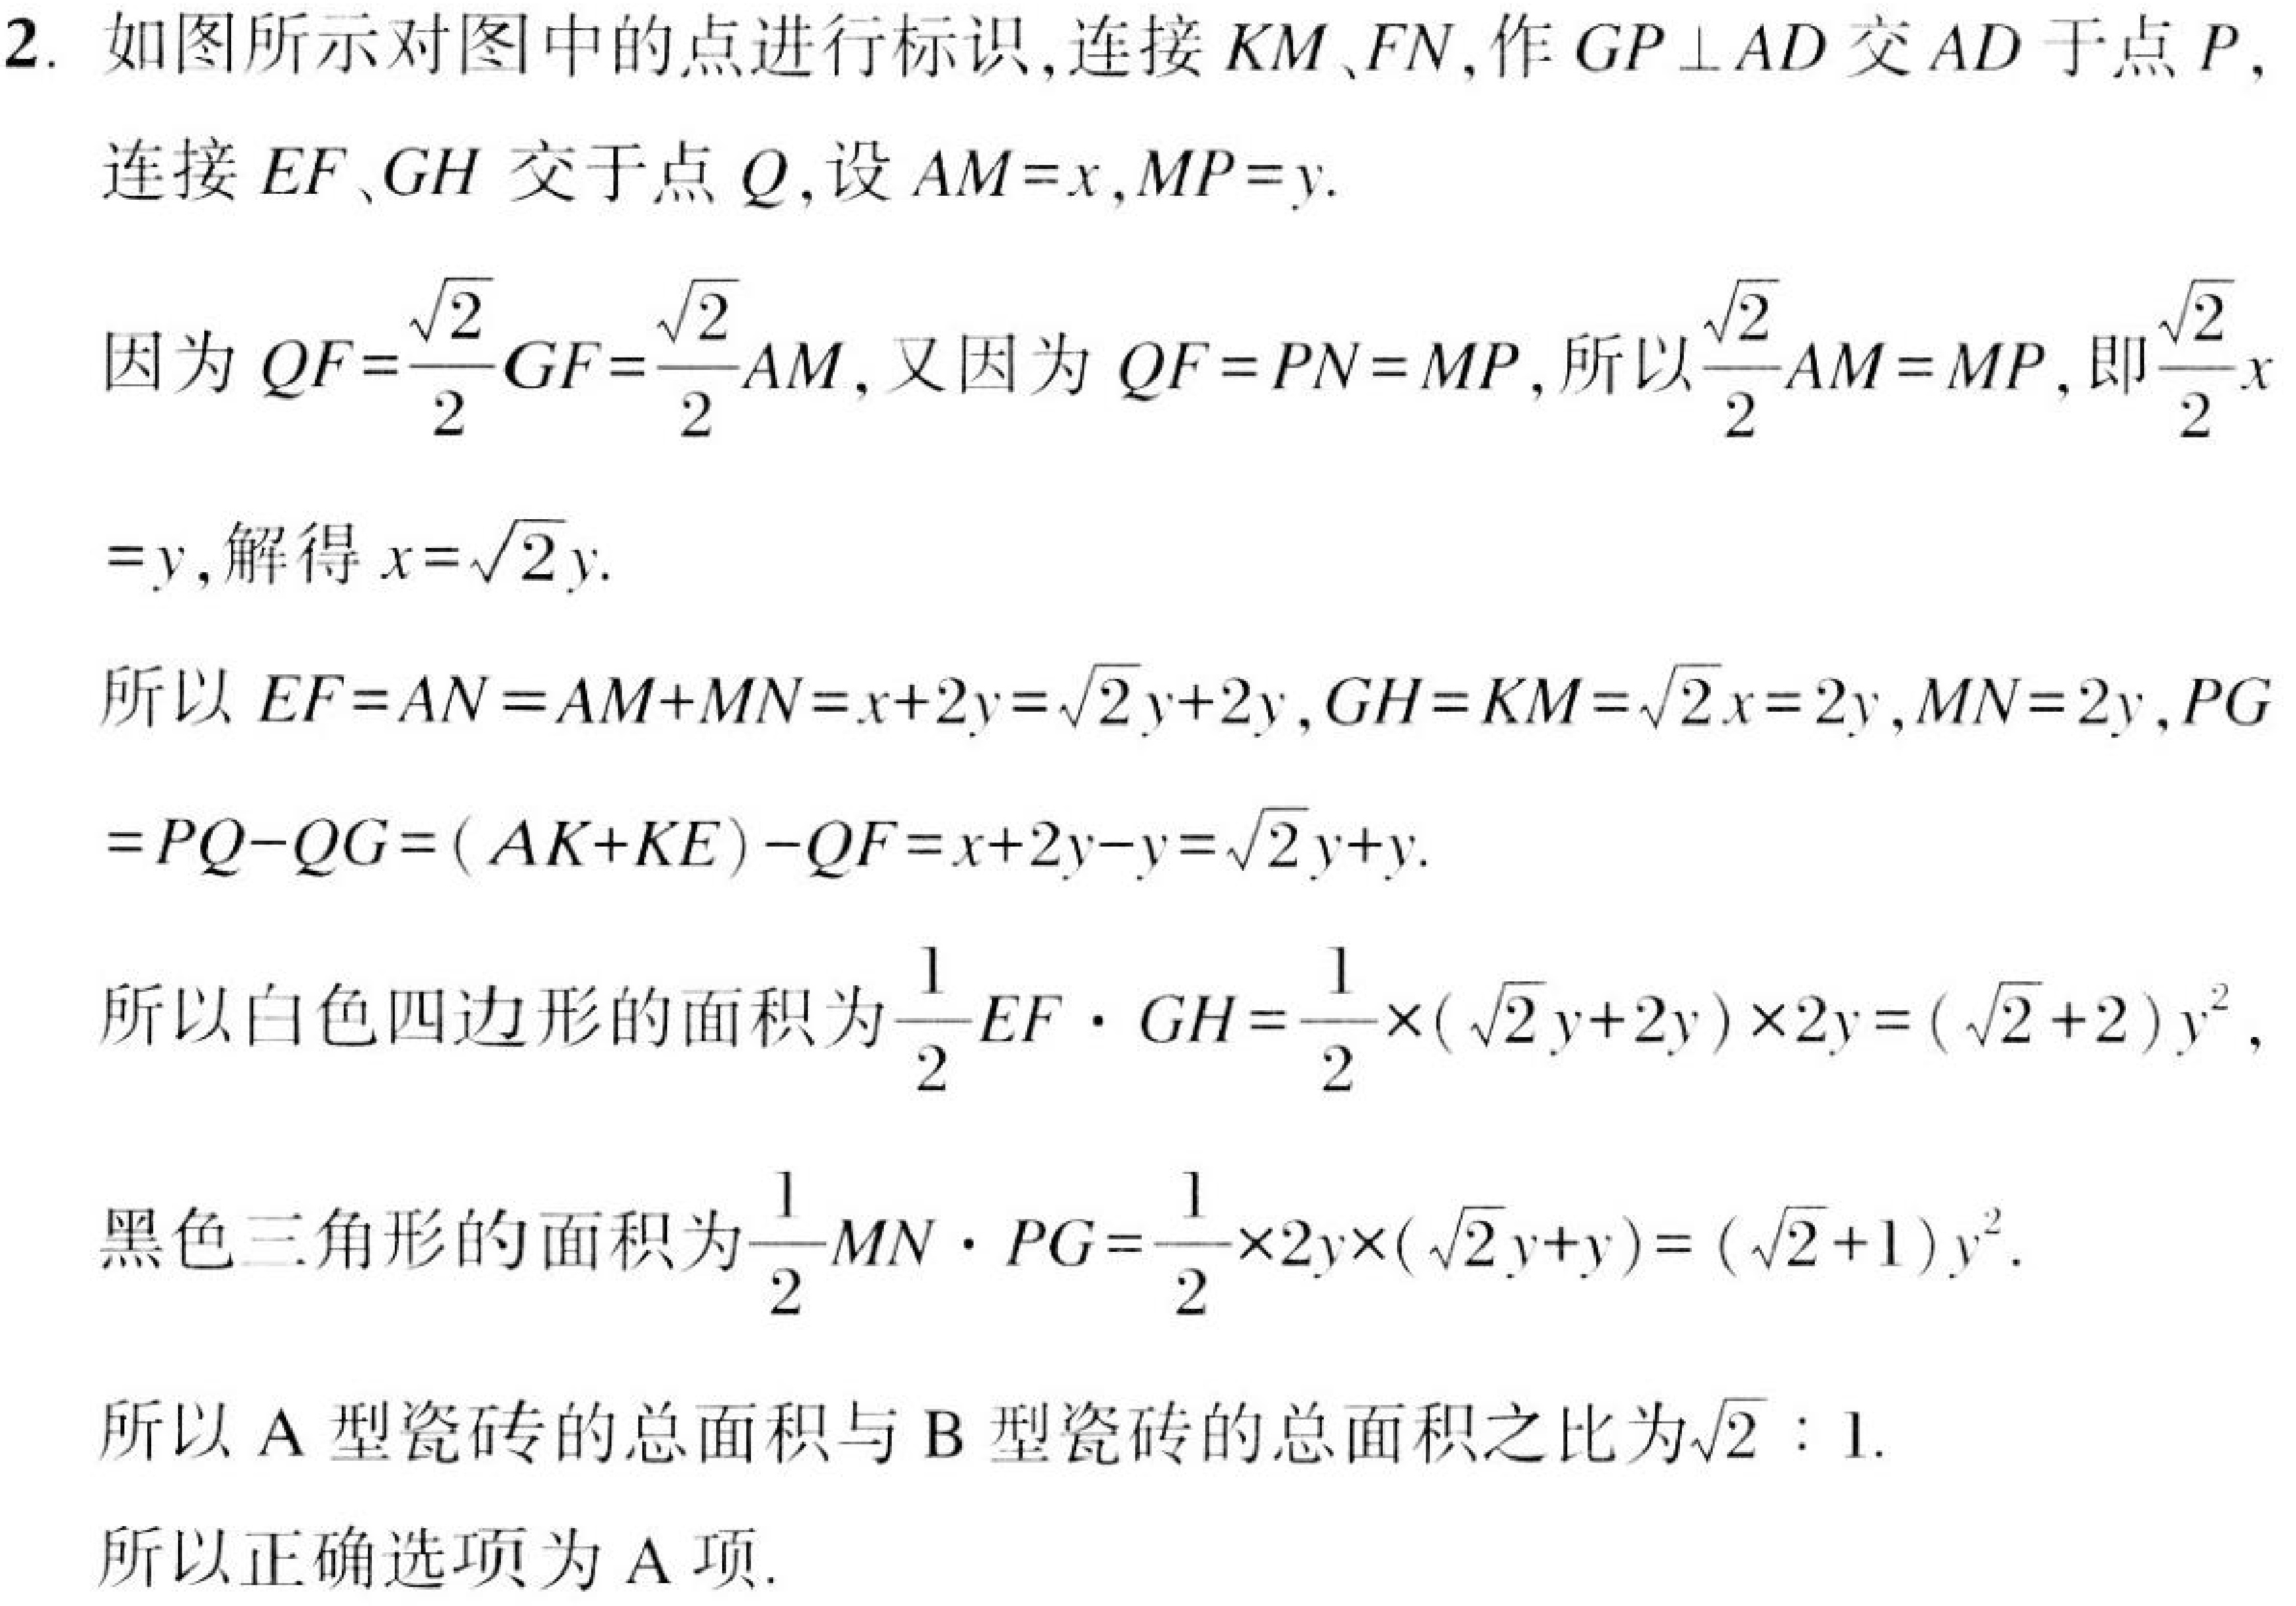
2. 如图所示对图中的点进行标识,连接 \(KM\)、\(FN\),作 \(GP\perp AD\) 交 \(AD\) 于点 \(P\),
连接 \(EF\)、\(GH\) 交于点 \(Q\),设 \(AM = x\),\(MP = y\).

因为 \(QF=\frac{\sqrt{2}}{2}GF=\frac{\sqrt{2}}{2}AM\),又因为 \(QF = PN = MP\),所以 \(\frac{\sqrt{2}}{2}AM = MP\),即 \(\frac{\sqrt{2}}{2}x\)
\(=y\),解得 \(x = \sqrt{2}y\).

所以 \(EF = AN=AM + MN=x + 2y=\sqrt{2}y + 2y\),\(GH = KM=\sqrt{2}x = 2y\),\(MN = 2y\),\(PG\)
\(=PQ - QG=(AK + KE)-QF=x + 2y - y=\sqrt{2}y + y\).

所以白色四边形的面积为 \(\frac{1}{2}EF\cdot GH=\frac{1}{2}\times(\sqrt{2}y + 2y)\times2y=(\sqrt{2}+2)y^{2}\),
黑色三角形的面积为 \(\frac{1}{2}MN\cdot PG=\frac{1}{2}\times2y\times(\sqrt{2}y + y)=(\sqrt{2}+1)y^{2}\).

所以 \(\text{A}\) 型瓷砖的总面积与 \(\text{B}\) 型瓷砖的总面积之比为 \(\sqrt{2}:1\).

所以正确选项为 \(\text{A}\) 项.